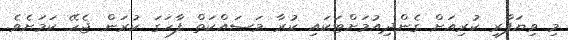
މި ވިޔަފާރި ކުރިއަށް ގެންދިއުމަށްޓަކައި ކުރާ މަަސައްކަތް ފާހަގަ ކުރަން ޖެހޭ ކަމަށެވެ.